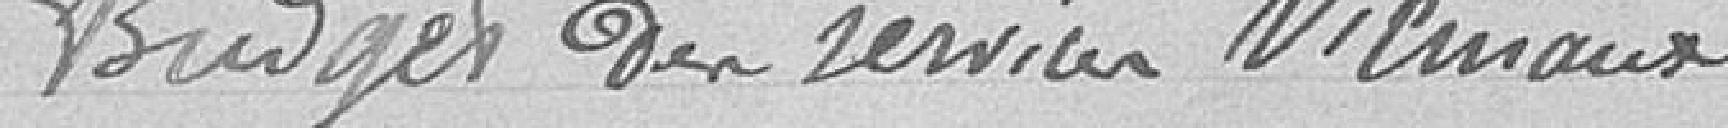
Budget des revier vicinaux